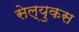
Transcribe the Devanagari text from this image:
सेल्‍युकस